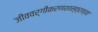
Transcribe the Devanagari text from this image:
जीववर्गीकरणशास्त्राच्या